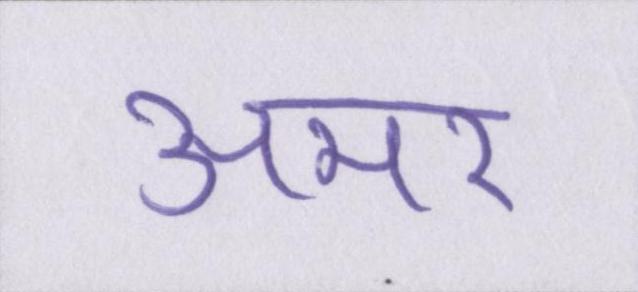
अमर